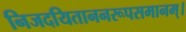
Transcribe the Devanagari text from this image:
निजदयिताननरूपसमानम्।